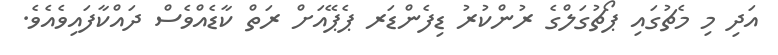
އަދި މި މެޗުގައި ޕޯޗުގަލްގެ ރުންކުރު ޑިފެންޑަރ ޕެޕޭއަށް ރަތް ކާޑެއްވެސް ދައްކާފައިވެއެވެ.